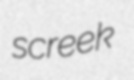
screek